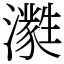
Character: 㶋